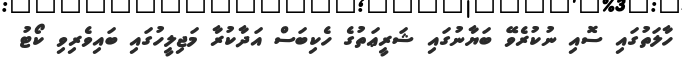
ހާލަތުގައި ސޮއި ނުކުރެވޭ ބަޔާނުގައި ޝަރީޢަތުގެ ހެކިބަސް އަދާކުރާ މަޖިލީހުގައި ބައިވެރިވި ކޯޓު